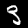
Digit: 3